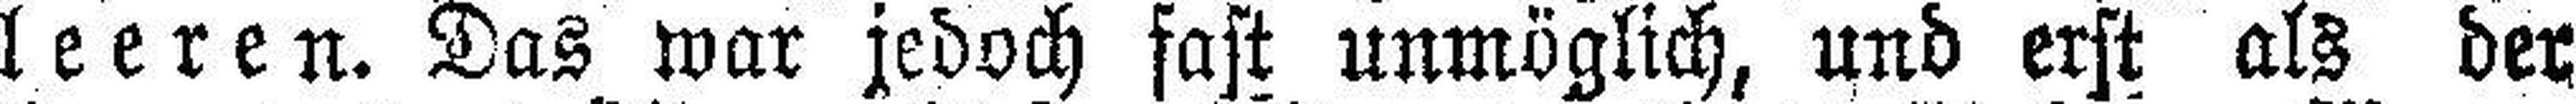
leeren. Das war jedoch fast unmöglich, und erst als der